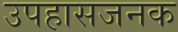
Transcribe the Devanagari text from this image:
उपहासजनक